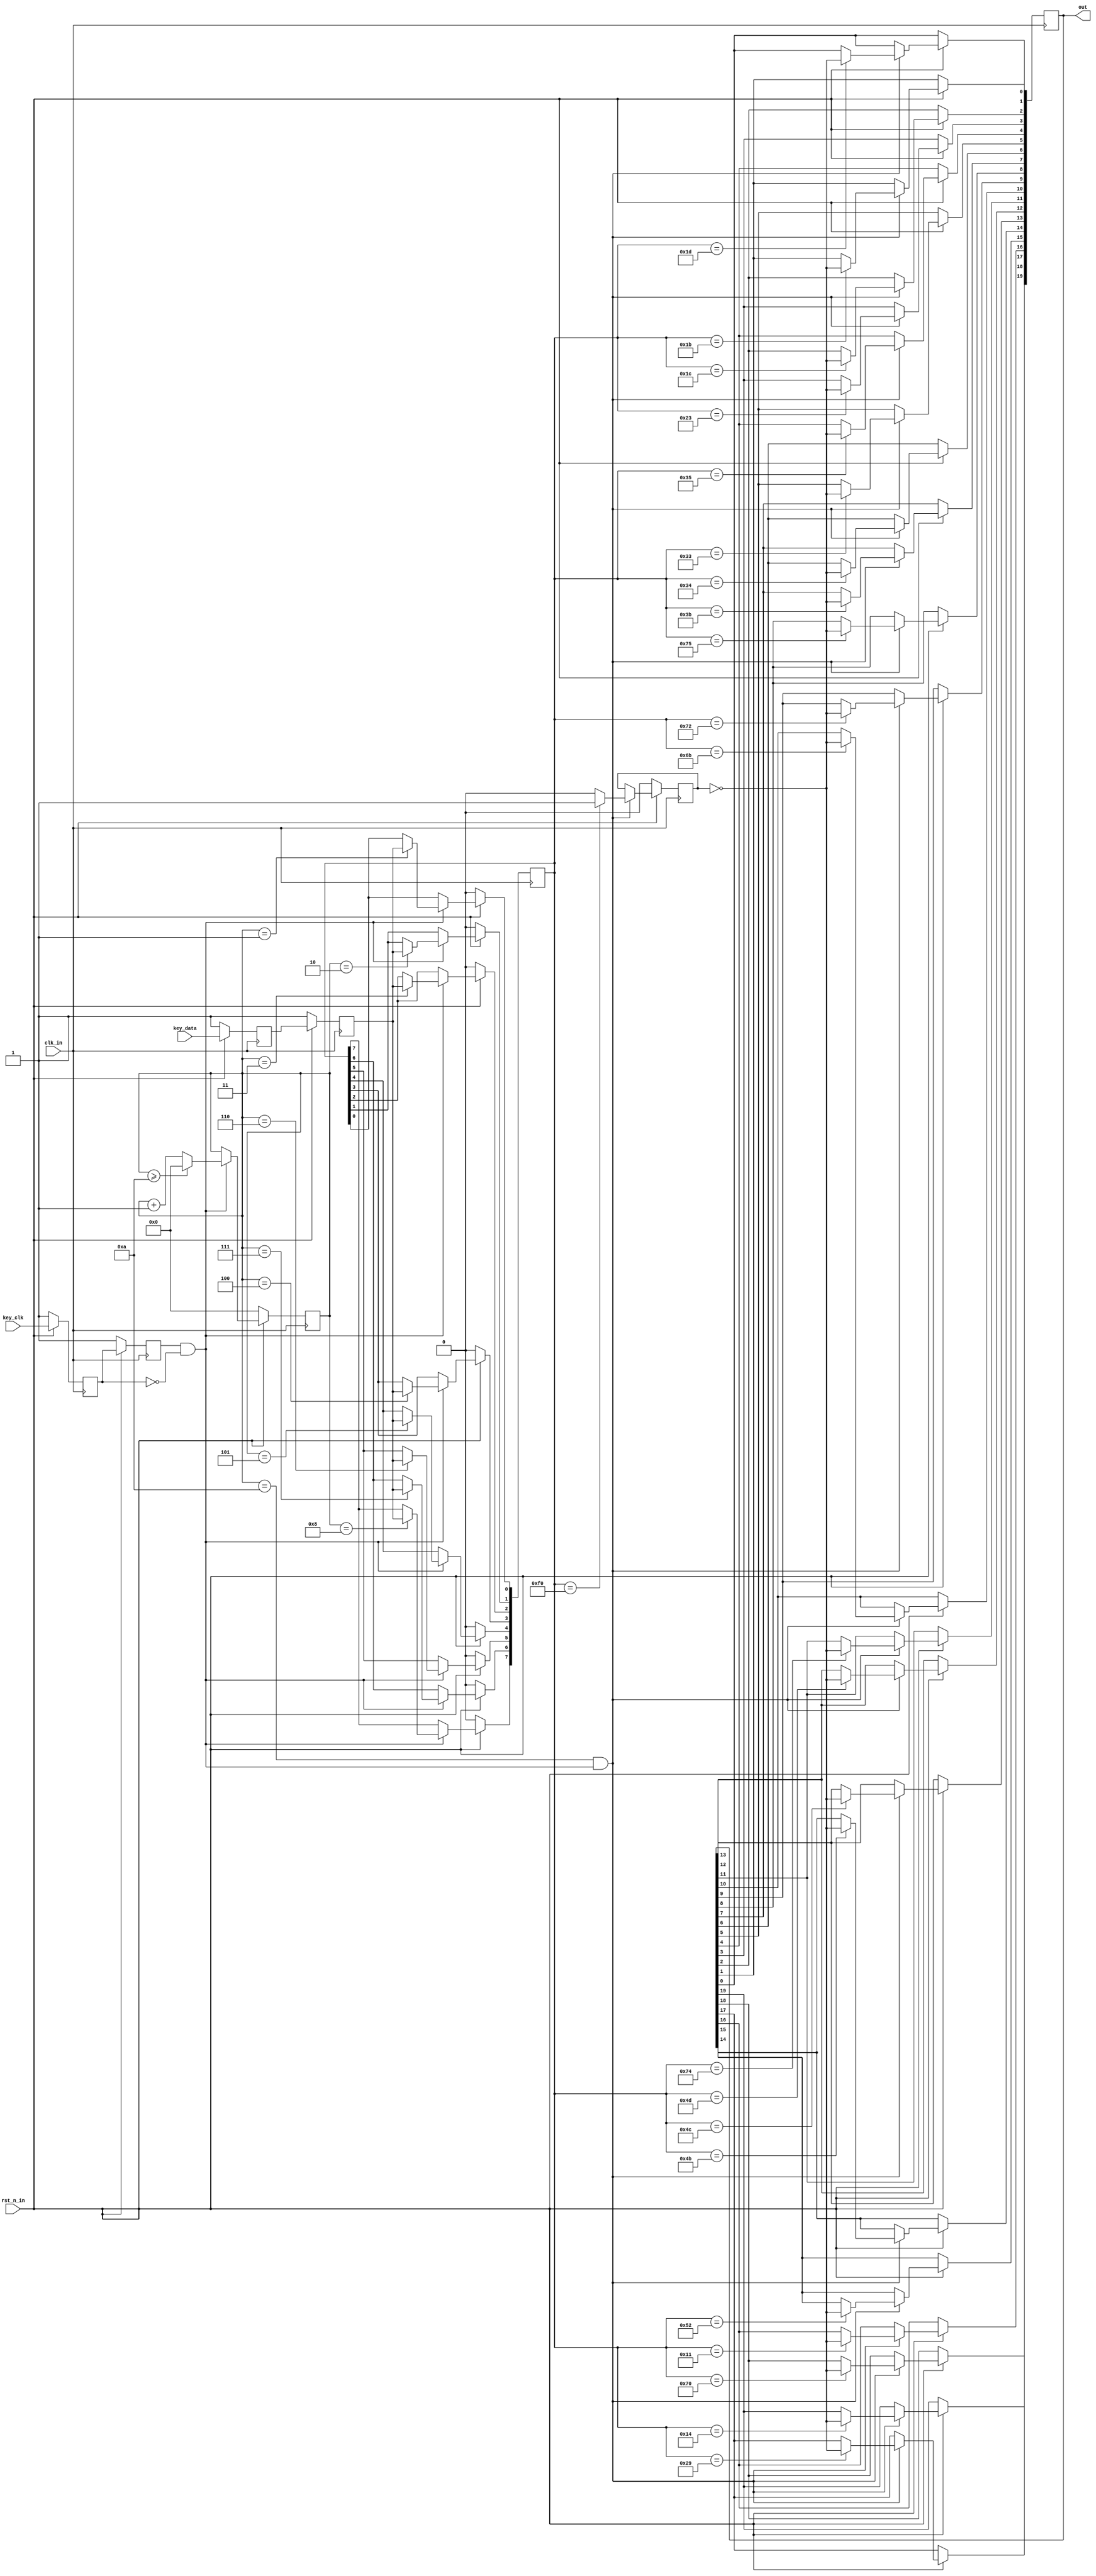

module Keyboard_PS2
(
input					clk_in,			
input					rst_n_in,			
input					key_clk,			
input					key_data,			
output	reg	[19:0]		out			
		
);
 

 
reg		key_clk_r0 = 1'b1,key_clk_r1 = 1'b1; 
reg		key_data_r0 = 1'b1,key_data_r1 = 1'b1;
reg 		key_break; 
always @ (posedge clk_in) begin
	if(!rst_n_in) begin
		key_clk_r0 <= 1'b1;
		key_clk_r1 <= 1'b1;
		key_data_r0 <= 1'b1;
		key_data_r1 <= 1'b1;
	end else begin
		key_clk_r0 <= key_clk;
		key_clk_r1 <= key_clk_r0;
		key_data_r0 <= key_data;
		key_data_r1 <= key_data_r0;
	end
end
 

wire	key_clk_neg = key_clk_r1 & (~key_clk_r0); 
 
reg				[3:0]	cnt; 
reg				[7:0]	temp_data;

always @ (posedge clk_in) begin
	if(!rst_n_in) begin
		cnt <= 4'd0;
		temp_data <= 8'd0;
	end else if(key_clk_neg) begin 
		if(cnt >= 4'd10) cnt <= 4'd0;
		else cnt <= cnt + 1'b1;
		case (cnt)
			4'd0: ;			
			4'd1: temp_data[0] <= key_data_r1;  
			4'd2: temp_data[1] <= key_data_r1;  
			4'd3: temp_data[2] <= key_data_r1; 
			4'd4: temp_data[3] <= key_data_r1; 
			4'd5: temp_data[4] <= key_data_r1; 
			4'd6: temp_data[5] <= key_data_r1;  
			4'd7: temp_data[6] <= key_data_r1;  
			4'd8: temp_data[7] <= key_data_r1;  
			4'd9: ;			
			4'd10:;			
			default: ;
		endcase
	end
end
 
localparam  TANK1_UP = 8'h1D, // W
				TANK1_DOWN = 8'h1B, // S
				TANK1_LEFT = 8'h1C, // A
				TANK1_RIGHT = 8'h23, // D
				TANK1_FIRE = 8'h11, // left ALT
	            TANK2_UP = 8'h35, // Y
				TANK2_DOWN = 8'h33, // H
				TANK2_LEFT = 8'h34, // G
				TANK2_RIGHT = 8'h3B, //J
				TANK2_FIRE = 8'h29, // SPACE
				TANK3_UP = 8'h75, // UP
				TANK3_DOWN = 8'h72, // DOWN
				TANK3_LEFT = 8'h6B, // LEFT
				TANK3_RIGHT = 8'h74, // RIGHT
				TANK3_FIRE = 8'h70, // 0
				TANK4_UP = 8'h4D, // P
				TANK4_DOWN = 8'h4C, // ;
				TANK4_LEFT = 8'h4B, // L
				TANK4_RIGHT = 8'h52, // '
				TANK4_FIRE = 8'h14; // right CTRL  

always @ (posedge clk_in) begin 
	if(!rst_n_in) begin
		key_break <= 1'b0;
	end else if(cnt==4'd10 && key_clk_neg) begin 
		if(temp_data == 8'hf0) key_break <= 1'b1;	
		else key_break <= 1'b0; 	
			case(temp_data)
				TANK1_UP: out[0] <= ~key_break;
				TANK1_DOWN: out[1] <= ~key_break;
				TANK1_LEFT : out[2] <= ~key_break;
				TANK1_RIGHT: out[3] <= ~key_break;
				TANK2_UP: out[4] <= ~key_break;
				TANK2_DOWN: out[5] <= ~key_break;
				TANK2_LEFT: out[6] <= ~key_break;
				TANK2_RIGHT: out[7] <= ~key_break;
				TANK3_UP: out[8] <= ~key_break;
				TANK3_DOWN: out[9] <= ~key_break;
				TANK3_LEFT: out[10] <= ~key_break;
				TANK3_RIGHT: out[11] <= ~key_break;
				TANK4_UP: out[12] <= ~key_break;
				TANK4_DOWN: out[13] <= ~key_break;
				TANK4_LEFT: out[14] <= ~key_break;
				TANK4_RIGHT: out[15] <= ~key_break;
				TANK1_FIRE: out[16] <= ~key_break;
				TANK2_FIRE: out[17] <= ~key_break;
				TANK3_FIRE: out[18] <= ~key_break;
				TANK4_FIRE: out[19] <= ~key_break;
				default: ;
			endcase	
	end
end
 

 
endmodule